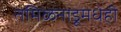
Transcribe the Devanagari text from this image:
तमिळनाडूमधेही